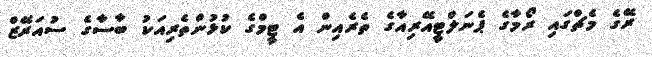
ރޭގެ މެޗްގައި ރޯމާގެ ޕެނަލްޓީއޭރިއާގެ ތެރެއިން އެ ޓީމްގެ ކުޅުންތެރިއަކު ބާސާގެ ސުއަރޭޒް